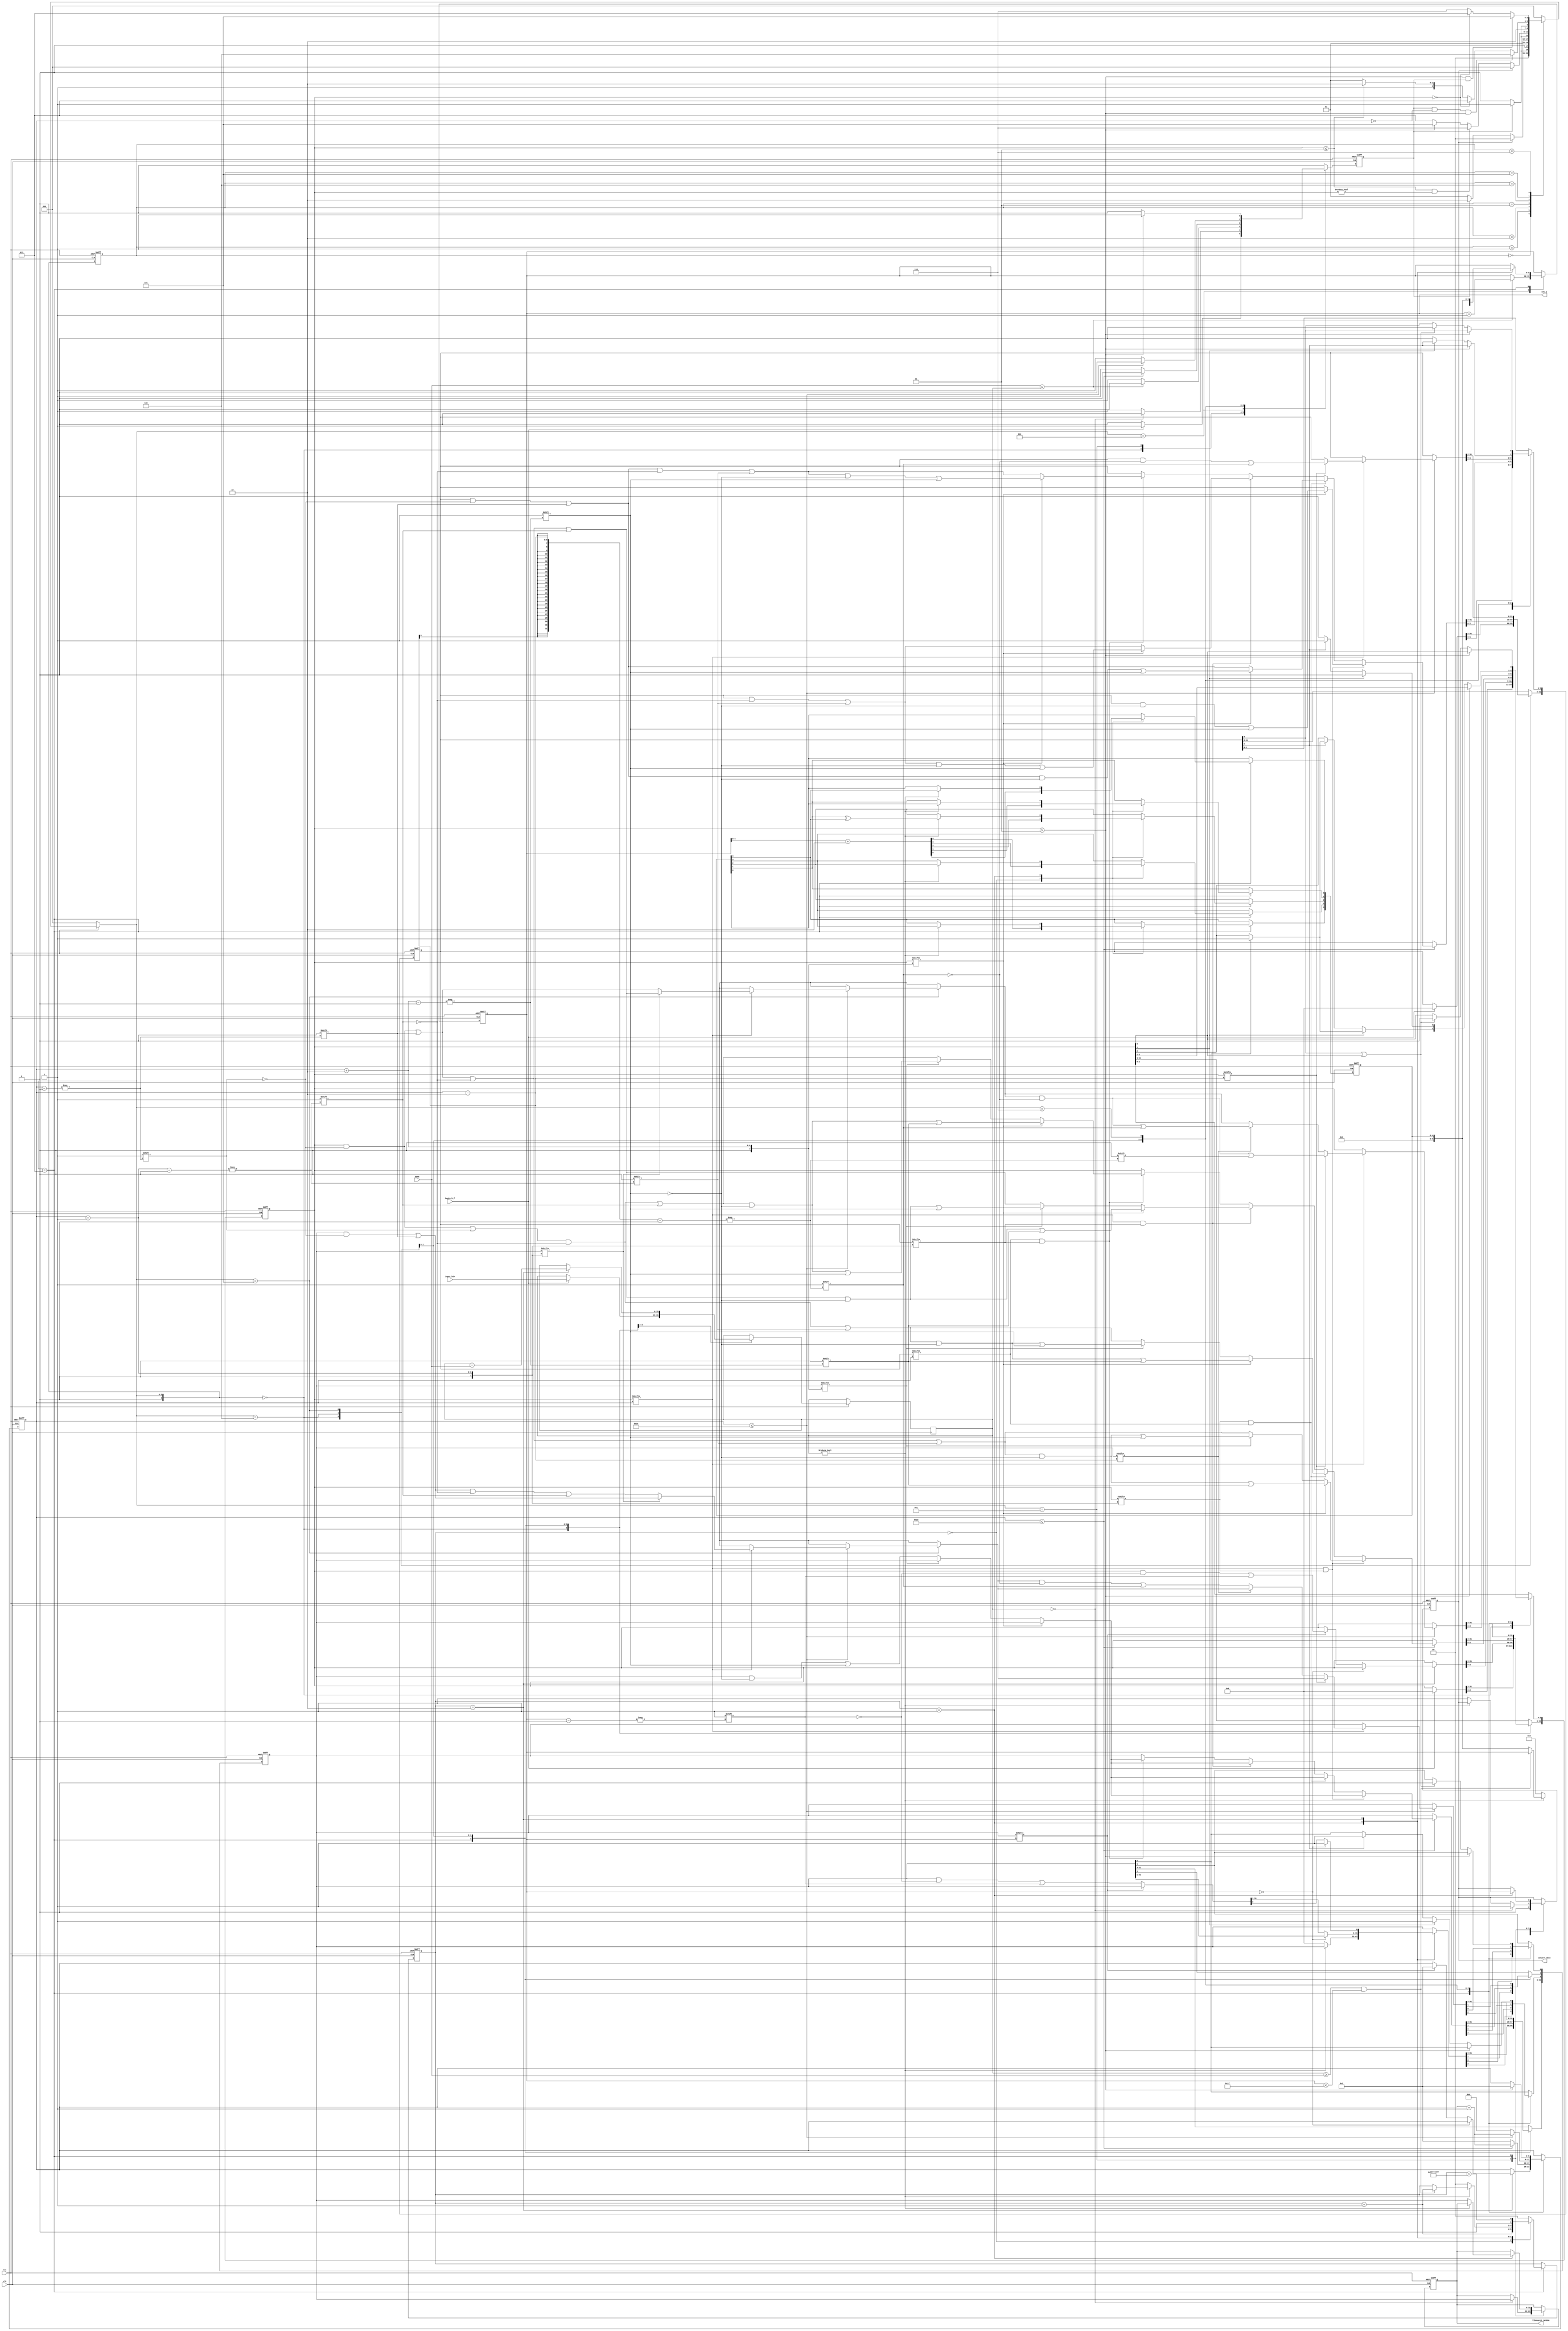
module fibonacci_random(clk,rst,begin_b_f,input_bin,fibonacci_random,convert_done,cnt_a,mema);
    input clk;
	 input rst;
	 input begin_b_f;
	 input [15:0]input_bin;
	 input [15:0] mema;
	 output reg [31:0] fibonacci_random;
	 output reg convert_done;
	 output reg [9:0] cnt_a;
	 
	 reg done;
	 reg [31:0] bin_fib;	 
	 reg [4:0] rand_num;
	 reg [1:0] flow_cnt;
	 
	 reg [15:0] input_b;
	 reg [3:0] current_state;
	 reg [3:0] next_state;
	 parameter IDLE=3'b000;
	 parameter BEGIN=3'b001;
	 parameter CALCULATE=3'b010;
	 parameter RANDOM=3'b011;
	 parameter XI_SHU_HUA =3'b100;
	 parameter BIAN_HUAN=3'b101;
	 parameter WEI_SHU_DEAL=3'b110;
	 
	 reg [31:0] mark_sum ; //2
	 reg [31:0] mark_sum_sum ;//3
	 reg [5:0] count;
	 
	
	always @(posedge clk or negedge rst)begin
	       if(!rst)
			   current_state<=IDLE;
			 else 
			   current_state <=next_state;
		 end 
		 
	always @(*)begin 
	       if(!rst)
			   next_state = IDLE;
			 else begin
			    case(current_state)
				     IDLE: begin
					           if(done==1)
								     next_state= BEGIN;
								  else 
								     next_state =IDLE;
							  end 
						BEGIN: begin
						              if(convert_done==1)
										     next_state =IDLE;
						              else if(done==1)
										     next_state = CALCULATE;
										  else
										     next_state = BEGIN;
									  end 
						CALCULATE: begin
						              if(done==1)
										    next_state = RANDOM;
										  else
										    next_state = CALCULATE;
									  end 
						RANDOM: begin
						          if(convert_done==1)
									    next_state = IDLE;
									 else if((mark_sum<=3)&&(mark_sum!=0))
									    next_state = WEI_SHU_DEAL;
									 else if(mark_sum>3)
									    next_state = BIAN_HUAN;
						          else 
									    next_state = RANDOM;
						        end 
						 XI_SHU_HUA: begin
						                if(done==1)
											    next_state = BIAN_HUAN;
											 else  
											    next_state = XI_SHU_HUA;
										 end 
										 
						 BIAN_HUAN:begin
						              if((done==1)&&(count==0)&&(mark_sum>3))
										       next_state = XI_SHU_HUA;
		                          else if(mark_sum==0)
										     next_state = RANDOM;
						              else if(mark_sum<=3)
										     next_state =WEI_SHU_DEAL;
										  else
										     next_state =BIAN_HUAN;
									  end 
						 WEI_SHU_DEAL: begin
						                   if((mark_sum>3)&&(done==1))
												    next_state = BIAN_HUAN; 
						                   else if(mark_sum==0)
												    next_state = RANDOM;
												 else
												    next_state =  WEI_SHU_DEAL;
						               end 
						default: next_state = IDLE;
				 endcase 
			 end 
		 end 
		 
	always @(posedge clk or negedge rst) begin
	        if(!rst)
			     begin
				    bin_fib<=0;
					 done<=0;
					 convert_done<=0;
					 fibonacci_random<=0;
					 cnt_a<=0;
					 rand_num<=0;
					 flow_cnt<=0;
				    mark_sum<=0;
					 mark_sum_sum<=0;
					 count<=0;
				  end 
				else begin
				    done<=0;
					 case(next_state)
					    IDLE: begin
						          convert_done<=0;
									 if(begin_b_f==1)
									   begin
									     mark_sum<=0;
										  mark_sum_sum<=0; 
									     input_b<=input_bin;
										  done<=1;
										 end 
									 else 
									     done<=0;
								 end 
						 BEGIN: begin
						           if(input_b==0)
									    begin
										    convert_done<=1;
											 fibonacci_random<=bin_fib;
										 end
										else 
										  begin 
											done<=1;
										  end 
								  end
					  CALCULATE: begin
					                if(mema<=input_b)
										    cnt_a<=cnt_a+1;
										 else
										   done<=1;
												 
						        end                    
						RANDOM: begin                  //0-31 
						               case(flow_cnt)
		                             3'd0: begin 
							                      rand_num<=cnt_a+2;
									           	    flow_cnt<=flow_cnt+1;
									              end 
	             						  3'd1: begin
											          if(input_b!=0)
														   begin  
															  rand_num[0]<= rand_num[4];
															  rand_num[1]<=rand_num[0];
					            		              rand_num[2] <= rand_num[1]^rand_num[4];
                                               rand_num[3] <= rand_num[2];
                                               rand_num[4] <= rand_num[3];
                                               cnt_a<=rand_num;
														     if((input_b>=mema)&&(cnt_a<=31))
															      begin
														         flow_cnt<=flow_cnt+1;
																	cnt_a<=cnt_a;
																	end 
														     else
														      flow_cnt<=flow_cnt;
									                    end
															else
															  begin 
															    convert_done<=1;
																 fibonacci_random<=bin_fib;
																 bin_fib<=0;
																 flow_cnt<=0;
																 cnt_a<=0;
															  end 
														end 
												3'd2: begin
												          cnt_a<=rand_num;
											          	 flow_cnt<=flow_cnt<-1;
												          input_b<=input_b-mema;
												         if(cnt_a==0)
															    bin_fib[0]<=1;
															else begin 
															  if(bin_fib[cnt_a]==1)
															     begin 
															      mark_sum[cnt_a]<=1;
																	count<=2;
																  end 
															   else
															      bin_fib[cnt_a]<=1; 
															end 
												      end 
												default :flow_cnt<=0;
								         endcase 
											end 
							XI_SHU_HUA: begin
				               if(count<=29)
									  begin
									     if((mark_sum[count]==1)&&(mark_sum[count+1]==1))   // 22
										     begin
											     mark_sum[count]<=0;
												  mark_sum[count+1]<=0;
												  count<=count+1'b1;
												  if(mark_sum[count+2]==1)
												     begin  
													   mark_sum[count+2]<=0;
														mark_sum_sum[count+2]<=1;
													  end 
													else if(bin_fib[count+2]==1)
													   begin
														  mark_sum[count+2]<=1;
														end 
												   else 
													   bin_fib[count+2]<=1;
											   end
										  else if((mark_sum[count+1]==1)&&(mark_sum_sum[count]==1))  //23
										      begin
												   mark_sum_sum[count]<=0;
													mark_sum[count]<=1;
													mark_sum[count+1]<=0;
													count<=count+1'b1;
													if(mark_sum[count+2]==1)
													  begin 
													  mark_sum[count+2]<=0;
													  mark_sum_sum[count+2]<=1;
													  end 
													else if(bin_fib[count+2]==1)
													  begin
													     mark_sum[count+2]<=1;
													  end
													else
													  bin_fib[count+2]<=1;	 
												 end 
										   else if((mark_sum[count]==1)&&(mark_sum_sum[count+1]==1)) //32
										       begin
												    mark_sum[count]<=0;
													 mark_sum_sum[count+1]<=0;
													 mark_sum[count+1]<=1;
													 count<=count+1'b1;
													 if(mark_sum[count+2]==1)
													   begin 
													    mark_sum[count+2]<=0;
														 mark_sum_sum[count+2]<=1;
														end 
													 else if(bin_fib[count+2]==1)
													   begin 
														  mark_sum[count+2]<=1;
														end 
													 else
													     bin_fib[count+2]<=1;
											     end 
											 else if((mark_sum_sum[count]==1)&&(mark_sum_sum[count+1]==1))  //33
											     begin
												     mark_sum_sum[count]<=0;
													  mark_sum_sum[count+1]<=0;
													  mark_sum[count]<=1;
													  mark_sum[count+1]<=1;
													  count<=count+1'b1;
													  if(mark_sum[count+2]==1)
												       begin  
													      mark_sum[count+2]<=0;
														   mark_sum_sum[count+2]<=1;
													    end 
													  else if(bin_fib[count+2]==1)
													    begin
														   mark_sum[count+2]<=1;
														 end 
												   else 
													   bin_fib[count+2]<=1;
												  end  
											 
											else       //1
										   count<=count+1'b1;
									  end 
									else
									  begin 
									  count<=2;
									  done<=1;
									  end 
							   end
								
				BIAN_HUAN : begin
				                if(count<=30)
									    begin
										   count<=count+1'b1;
										    if(mark_sum[count]==1)  //2
											    begin
											       mark_sum[count]<=0;		
												    bin_fib[count]<=0;
													 if(bin_fib[count+1]==1)
													    mark_sum[count+1]<=1;
													 else
													    bin_fib[count+1]<=1;
													 if(mark_sum[count-2]==1)
													    begin 
													    mark_sum[count-2]<=0;
														 mark_sum_sum[count-2]<=1;
														 end
													 else if(bin_fib[count-2]==1)
													    mark_sum[count-2]<=1;
													 else
													    bin_fib[count-2]<=1;
													     end
											end
			                    else
									     begin
											done<=1;
											count<=0;
										  end 
			              end
						
							  
				 WEI_SHU_DEAL: begin
				                  if(mark_sum>3)
										    begin
										      count<=2;
												done<=1;
										    end
										else begin 	 
				                   if((mark_sum_sum[0]==1)||(mark_sum[0]==1)) //023
										  begin
										     bin_fib[0]<=0;
											  mark_sum_sum[0]<=0;
											  mark_sum[0]<=0;
										  end
									     if(mark_sum[1]==1)
										   begin
											  mark_sum[1]<=0;
											  if(bin_fib[2]==1)
											     mark_sum[2]<=1;
											  else if(bin_fib[2]==0)
											     bin_fib[2]<=1; 
											
									      end 
									    else if(mark_sum_sum[1]==1)   //13
										  begin
										     mark_sum[1]<=1;
											  mark_sum_sum[1]<=0;
											  if(bin_fib[2]==0)
											    bin_fib[2]<=1;
											  else
											    mark_sum[2]<=1;
										  end                    
										
										
									  end 	
                           end
					 endcase 
					 
				end 
		  end 
	 
	 endmodule